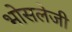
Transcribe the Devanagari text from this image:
भोसलेजी